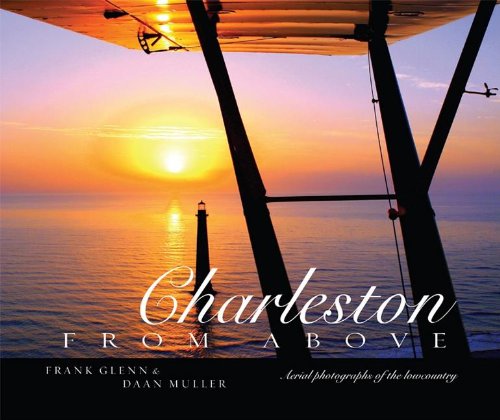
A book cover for Charleston from Above: Aerial Photographs of the Lowcountry; Frank Glenn; Arts & Photography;